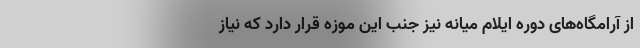
از آرامگاه‌های دوره ایلام میانه نیز جنب این موزه قرار دارد که نیاز